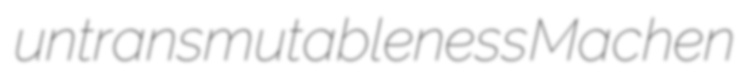
untransmutableness Machen